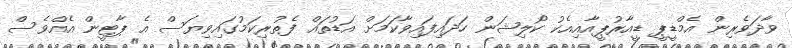
ވާދަވެރިން އެމްޑީޕީ ޑީއާރުޕީއާއިއެކު ކޯލިޝަން ހަދައިފައިވާކަމަށް އަޑުތައް ފެތުރިކަމުގައިވިޔަސް އެ ޕާޓީން އެއްވެސް